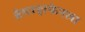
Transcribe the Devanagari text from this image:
ब्रेमरहाफेनला